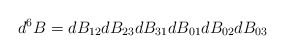
\begin{align*}d^6B = dB_{12} dB_{23} dB_{31} dB_{01} dB_{02} dB_{03}\end{align*}